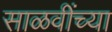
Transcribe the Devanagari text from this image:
साळवींच्या